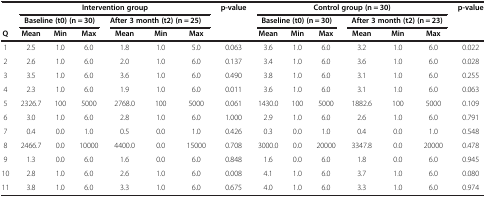
<table><thead><tr><td><b> </b></td><td colspan="6"><b>Intervention group</b></td><td><b>p-value</b></td><td colspan="6"><b>Control group (n = 30)</b></td><td><b>p-value</b></td></tr><tr><td><b> </b></td><td colspan="3"><b>Baseline (t0) (n = 30)</b></td><td colspan="3"><b>After 3 month (t2) (n = 25)</b></td><td><b> </b></td><td colspan="3"><b>Baseline (t0) (n = 30)</b></td><td colspan="3"><b>After 3 month (t2) (n = 23)</b></td><td><b> </b></td></tr><tr><td><b>Q</b></td><td><b>Mean</b></td><td><b>Min</b></td><td><b>Max</b></td><td><b>Mean</b></td><td><b>Min</b></td><td><b>Max</b></td><td><b> </b></td><td><b>Mean</b></td><td><b>Min</b></td><td><b>Max</b></td><td><b>Mean</b></td><td><b>Min</b></td><td><b>Max</b></td><td><b> </b></td></tr></thead><tbody><tr><td>1</td><td>2.5</td><td>1.0</td><td>6.0</td><td>1.8</td><td>1.0</td><td>5.0</td><td>0.063</td><td>3.6</td><td>1.0</td><td>6.0</td><td>3.2</td><td>1.0</td><td>6.0</td><td>0.022</td></tr><tr><td>2</td><td>2.6</td><td>1.0</td><td>6.0</td><td>2.0</td><td>1.0</td><td>6.0</td><td>0.137</td><td>3.4</td><td>1.0</td><td>6.0</td><td>3.6</td><td>1.0</td><td>6.0</td><td>0.028</td></tr><tr><td>3</td><td>3.5</td><td>1.0</td><td>6.0</td><td>3.6</td><td>1.0</td><td>6.0</td><td>0.490</td><td>3.8</td><td>1.0</td><td>6.0</td><td>3.1</td><td>1.0</td><td>6.0</td><td>0.255</td></tr><tr><td>4</td><td>2.3</td><td>1.0</td><td>6.0</td><td>1.9</td><td>1.0</td><td>6.0</td><td>0.011</td><td>3.6</td><td>1.0</td><td>6.0</td><td>3.1</td><td>1.0</td><td>6.0</td><td>0.063</td></tr><tr><td>5</td><td>2326.7</td><td>100</td><td>5000</td><td>2768.0</td><td>100</td><td>5000</td><td>0.061</td><td>1430.0</td><td>100</td><td>5000</td><td>1882.6</td><td>100</td><td>5000</td><td>0.109</td></tr><tr><td>6</td><td>3.0</td><td>1.0</td><td>6.0</td><td>2.8</td><td>1.0</td><td>6.0</td><td>1.000</td><td>2.9</td><td>1.0</td><td>6.0</td><td>2.6</td><td>1.0</td><td>6.0</td><td>0.791</td></tr><tr><td>7</td><td>0.4</td><td>0.0</td><td>1.0</td><td>0.5</td><td>0.0</td><td>1.0</td><td>0.426</td><td>0.3</td><td>0.0</td><td>1.0</td><td>0.4</td><td>0.0</td><td>1.0</td><td>0.548</td></tr><tr><td>8</td><td>2466.7</td><td>0.0</td><td>10000</td><td>4400.0</td><td>0.0</td><td>15000</td><td>0.708</td><td>3000.0</td><td>0.0</td><td>20000</td><td>3347.8</td><td>0.0</td><td>20000</td><td>0.478</td></tr><tr><td>9</td><td>1.3</td><td>0.0</td><td>6.0</td><td>1.6</td><td>0.0</td><td>6.0</td><td>0.848</td><td>1.6</td><td>0.0</td><td>6.0</td><td>1.8</td><td>0.0</td><td>6.0</td><td>0.945</td></tr><tr><td>10</td><td>2.8</td><td>1.0</td><td>6.0</td><td>2.6</td><td>1.0</td><td>6.0</td><td>0.008</td><td>4.1</td><td>1.0</td><td>6.0</td><td>3.7</td><td>1.0</td><td>6.0</td><td>0.080</td></tr><tr><td>11</td><td>3.8</td><td>1.0</td><td>6.0</td><td>3.3</td><td>1.0</td><td>6.0</td><td>0.675</td><td>4.0</td><td>1.0</td><td>6.0</td><td>3.3</td><td>1.0</td><td>6.0</td><td>0.974</td></tr></tbody></table>